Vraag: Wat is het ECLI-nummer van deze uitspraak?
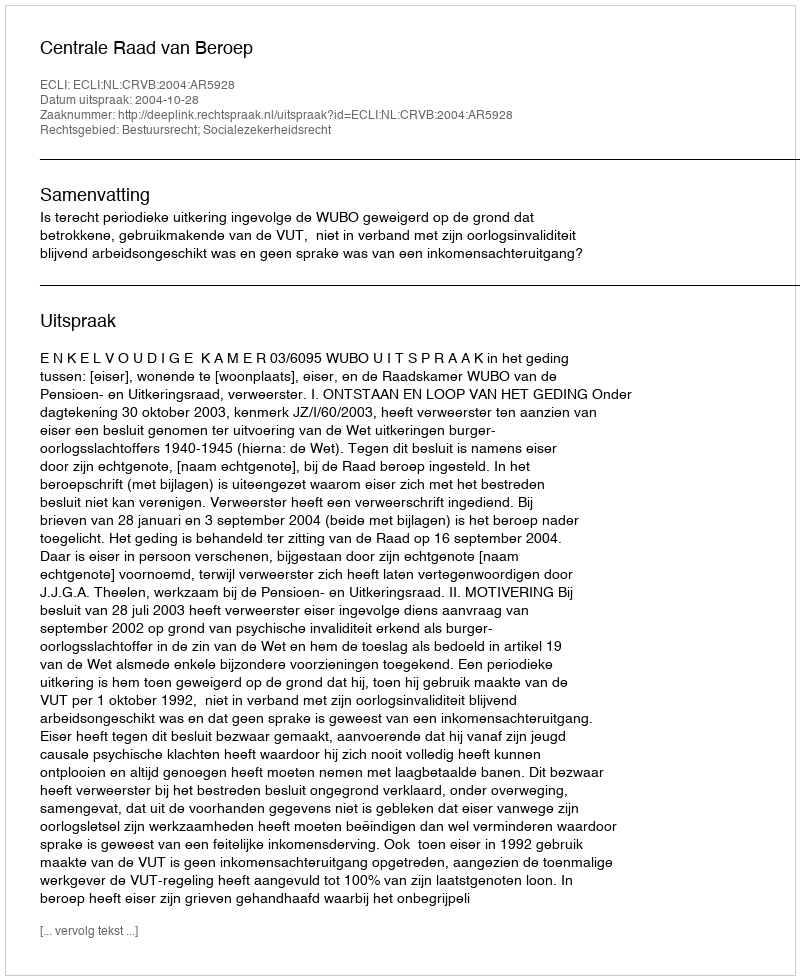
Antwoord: ECLI:NL:CRVB:2004:AR5928